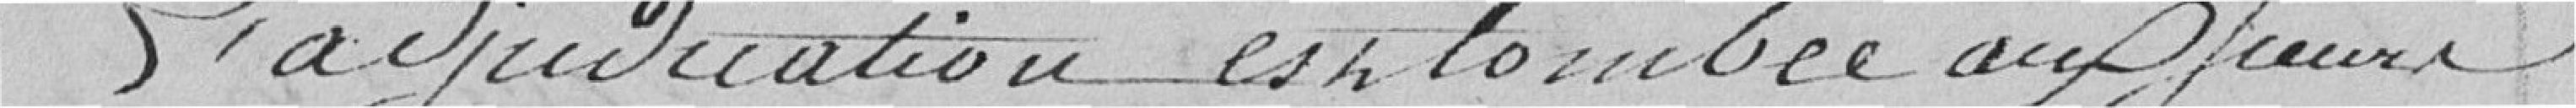
L'adjudication est tombée aux Sieurs